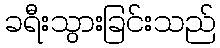
ခရီးသွားခြင်းသည်